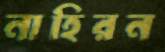
নাহিরন